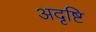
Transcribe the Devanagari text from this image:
अदृष्टि